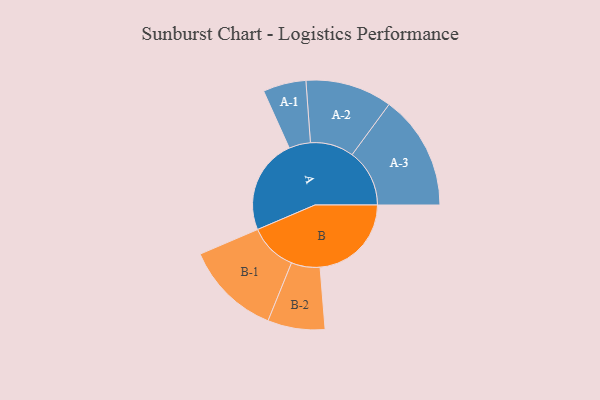
{"axis": {"x": "Segment", "y": "Value"}, "legend": ["", "A", "B"], "data": [{"x": "A", "y": 482, "type": ""}, {"x": "B", "y": 463, "type": ""}, {"x": "A-1", "y": 109, "type": "A"}, {"x": "A-2", "y": 220, "type": "A"}, {"x": "A-3", "y": 291, "type": "A"}, {"x": "B-1", "y": 243, "type": "B"}, {"x": "B-2", "y": 145, "type": "B"}]}